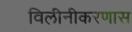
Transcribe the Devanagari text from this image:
विलीनीकरणास